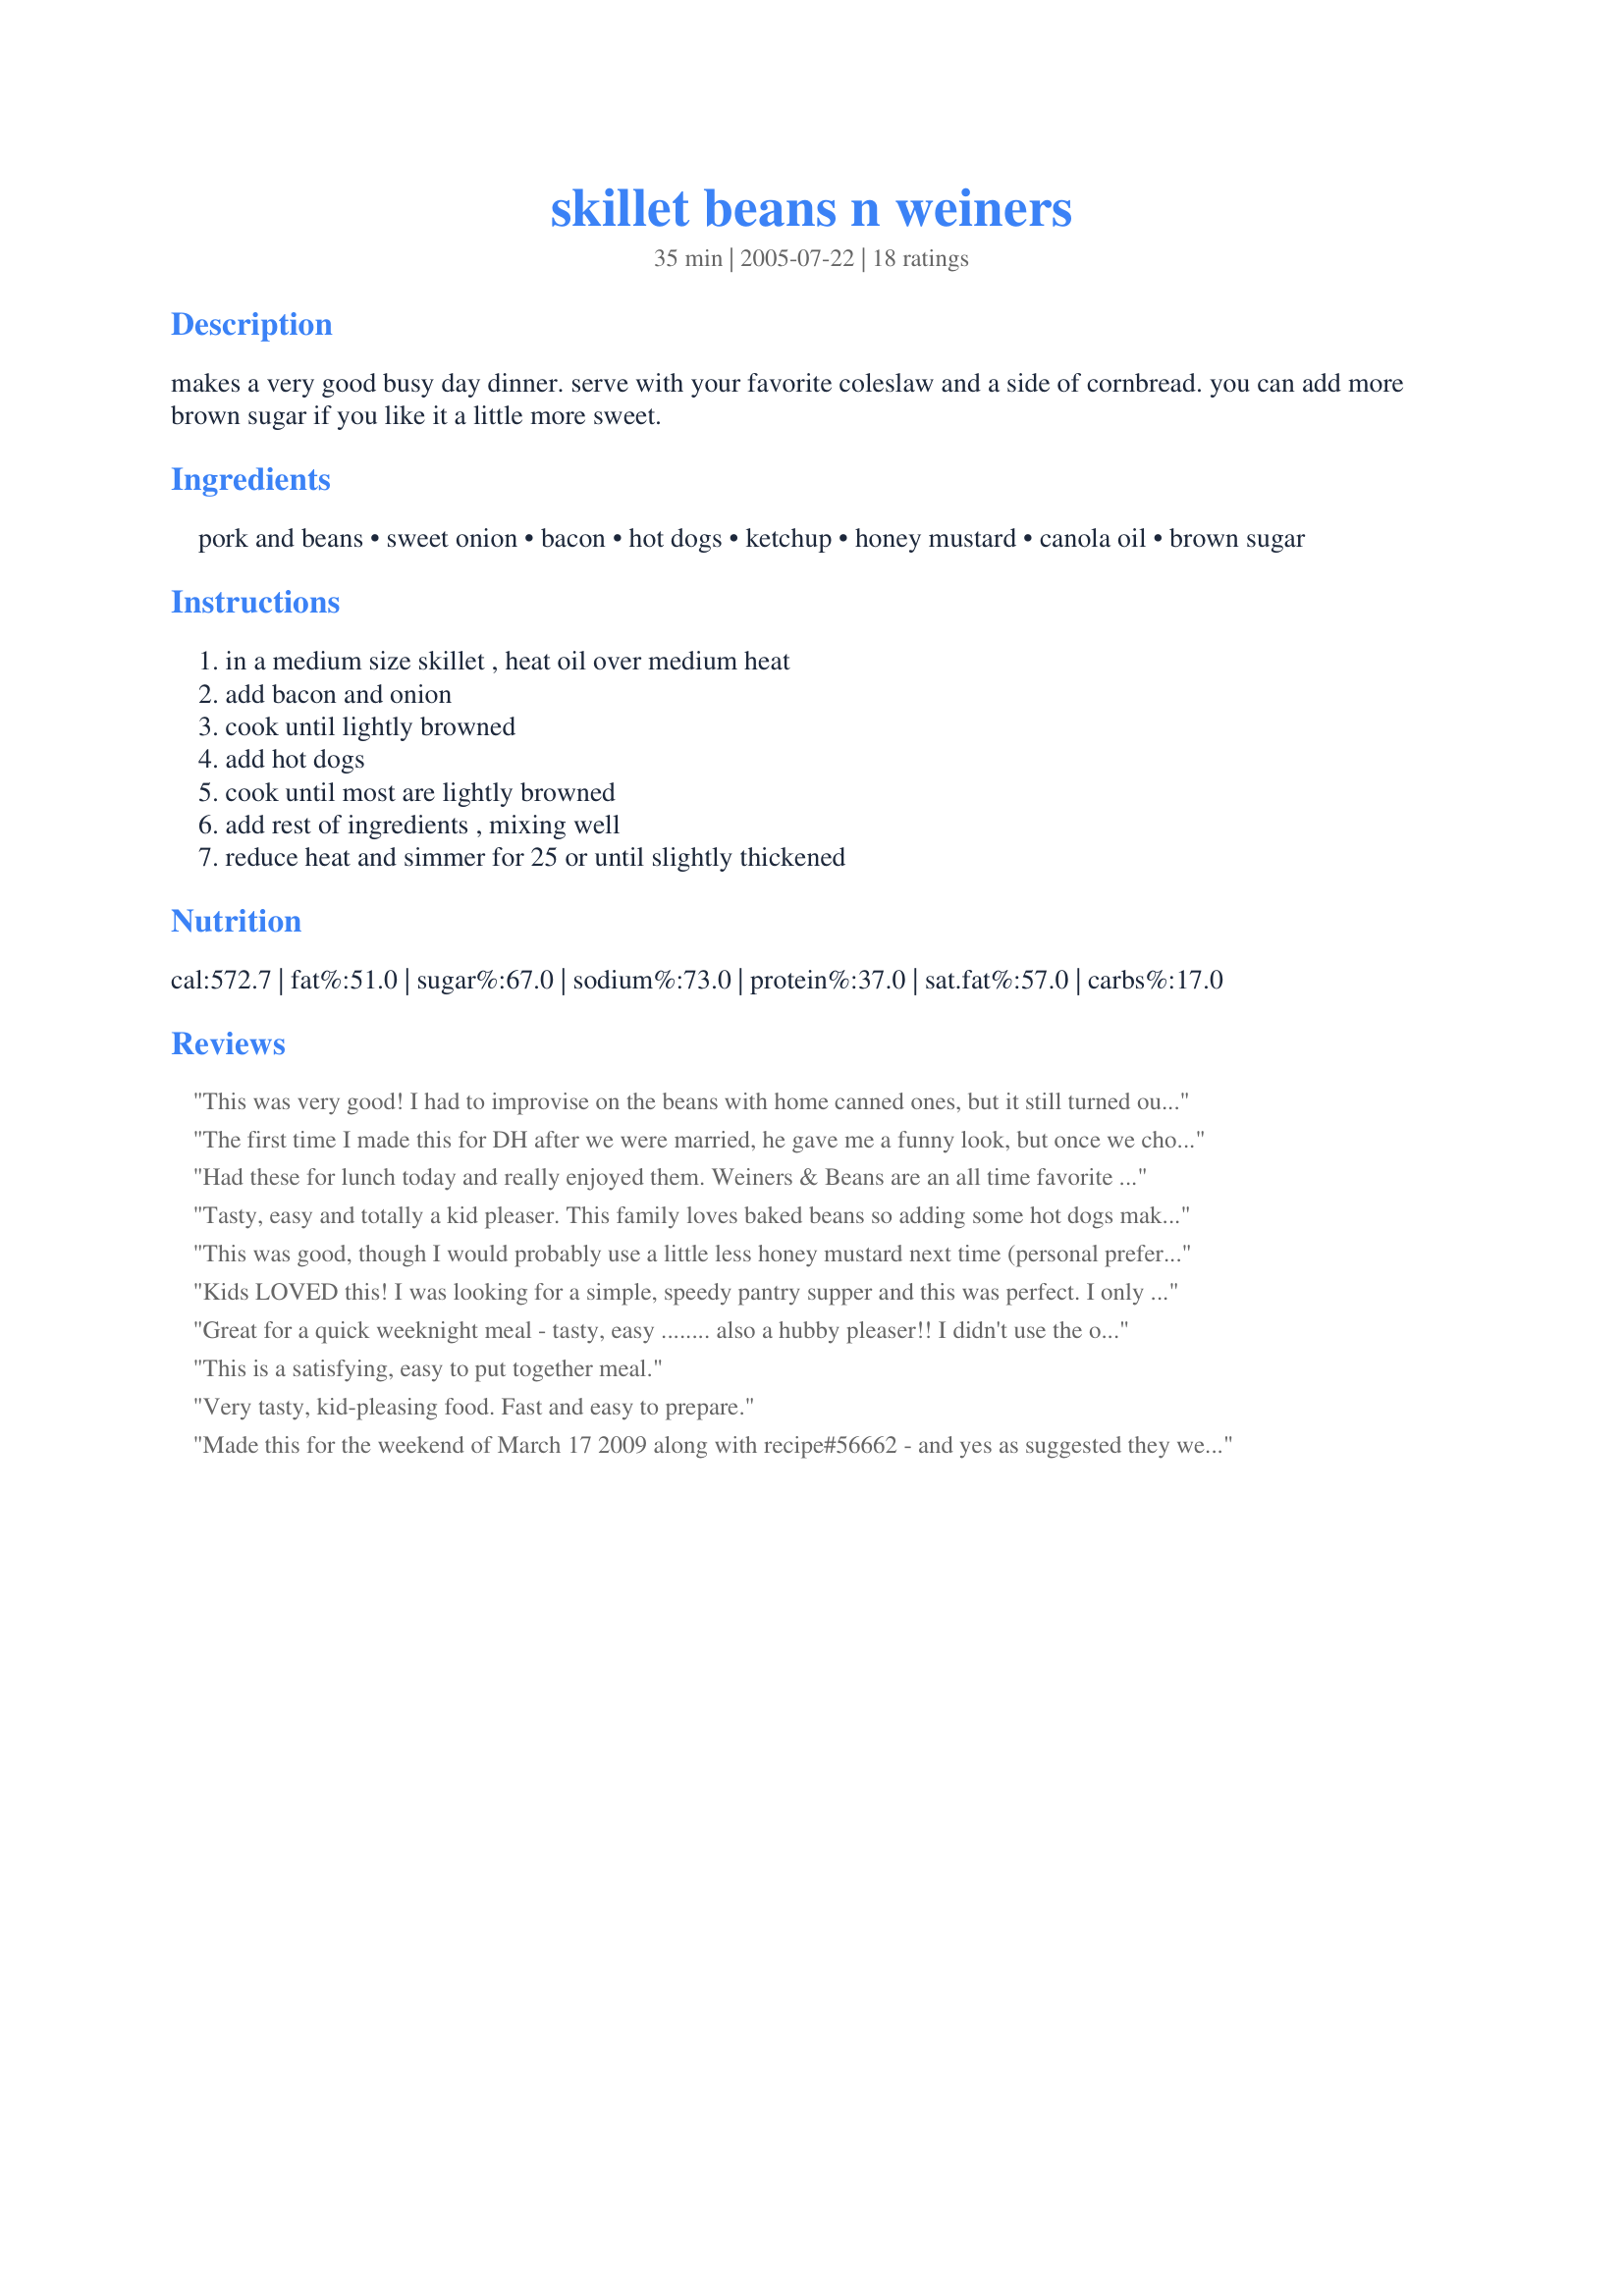
skillet beans n weiners
Preparation time: 35 minutes

makes a very good busy day dinner. serve with your favorite coleslaw and a side of cornbread. you can add more brown sugar if you like it a little more sweet.

Ingredients:
pork and beans, sweet onion, bacon, hot dogs, ketchup, honey mustard, canola oil, brown sugar

Steps:
in a medium size skillet , heat oil over medium heat, add bacon and onion, cook until lightly browned, add hot dogs, cook until most are lightly browned, add rest of ingredients , mixing well, reduce heat and simmer for 25 or until slightly thickened

Reviews:
This was very good! I had to improvise on the beans with home canned ones, but it still turned out very yummy! Very filling too.
The first time I made this for DH after we were married, he gave me a funny look, but once we chowed down on this childhood fav...he understood. I use essentially the same recipe, but leave out the bacon (I already feel bad enough about the sugar and fat!) sooooo good! Thanks for posting!
Had these for lunch today and really enjoyed them. Weiners & Beans are an all time favorite of mine! Your recipe gives a lovely flavor boost and takes ordinary canned ones to a new level. Thanks Shapeweaver for a lovely lunch
Tasty, easy and totally a kid pleaser. This family loves baked beans so adding some hot dogs makes it a meal. The beans I used already had brown sugar and bacon in it but I went ahead and made the recipe as is. It was pretty sweet so if I were to buy the same beans I will cut back on the brown sugar a bit. Coleslaw and corn bread are a must.
This was good, though I would probably use a little less honey mustard next time (personal preference), and brown the hot dogs a little more than I did (my mistake!). Though I was surprised, the honey mustard flavor did go well with this, wasn't sure how it would!! Will make again.
Kids LOVED this! I was looking for a simple, speedy pantry supper and this was perfect. I only used one can of pork and beans (all I had on hand) but otherwise followed to a "T", reducing some but not all the ingredients by 1/2. Thank you for sharing!
Great for a quick weeknight meal - tasty, easy ........ also a hubby pleaser!! I didn't use the oil as there's enough fat in the bacon. Since I didn't have honey mustard, I combined some French's Bold & Spicy with Billy Bee honey. Instead of weiners, I used smoked sausages with cheese. Thanx shapeweaver!
This is a satisfying, easy to put together meal.
Very tasty, kid-pleasing food. Fast and easy to prepare.
Made this for the weekend of March 17 2009 along with recipe#56662 - and yes as suggested they were kid pleasers - a treat for the adults as well. Made as posted using some really good flavored smokies. Likely will not add the sugar next time around but this is one I am looking to make for those summer weekends. Thank you for sharing. Edited to add: this recipe saw to a repeat and again no leftovers. Used a tablespoon of sugar the second time around - perfect for our tastes!
When the children were young this was a pretty standard dish. Now that the kids are grown, DH and I moved on to other things. This dish brought back wonderful memories and reminded me of how wonderful and comforting beans and franks can be. This recipe goes together quickly and makes a wonderful weeknight meal. It was served with coleslaw. Made for the Photo Forum *Comfort Food Challenge*.
Thank You for a fast and easy meal for tonight.!! Very easy to put together and everything I had on hand. Very good and tasty..Thank You Hugs
My dad used to buy us the tv dinners with beans and franks, applesauce, and corn bread when we were younger. It was our favorite Saturday lunch and this brought back great memories. The beans were sweet yet had a bit of tang that was perfect. I used Ball Park franks and turkey bacon, added two cloves of garlic and simmered slowly in my electric frying pan. This will be a family favorite for us, thank you shapeweaver!
Excellent! Tastes wonderful, economical, and fast. The best of all worlds for dinners. Loved the honey mustard addition and will adopt this into my Best Ozark Baked Beans. Thanks to SW for a terrific dinner with the coleslaw and cornbread, too.
This dish is SO different from what I usually cook, but I tried it- and it was good! I used low-fat beef franks, vegetarian baked beans, and stone-ground mustard instead of honey mustard. Very tasty comfort food.
Barb went crazy over this simple one dish meal.
Shapeweaver you are a sanity saver! BH was going out for the evening so I had an opportunity to eat any of the things he doesn't like :) DRAT! We got nailed with 10" of snow and a pantry that was close to bare of anything he considers edible. Quick search on Zaar and found your recipe. I haven't had this since I was 15! Your take on this meal was great. Fast, easy, tasty, child & BH friendly. A winner
Kids love this, I cant beleive we had to post the recipe to get folks to try this! I grew up with this, it was famous camping/ snowmobiling food in wyoming. Try it you wont be disappointed! It is the ultimate comfort food!
